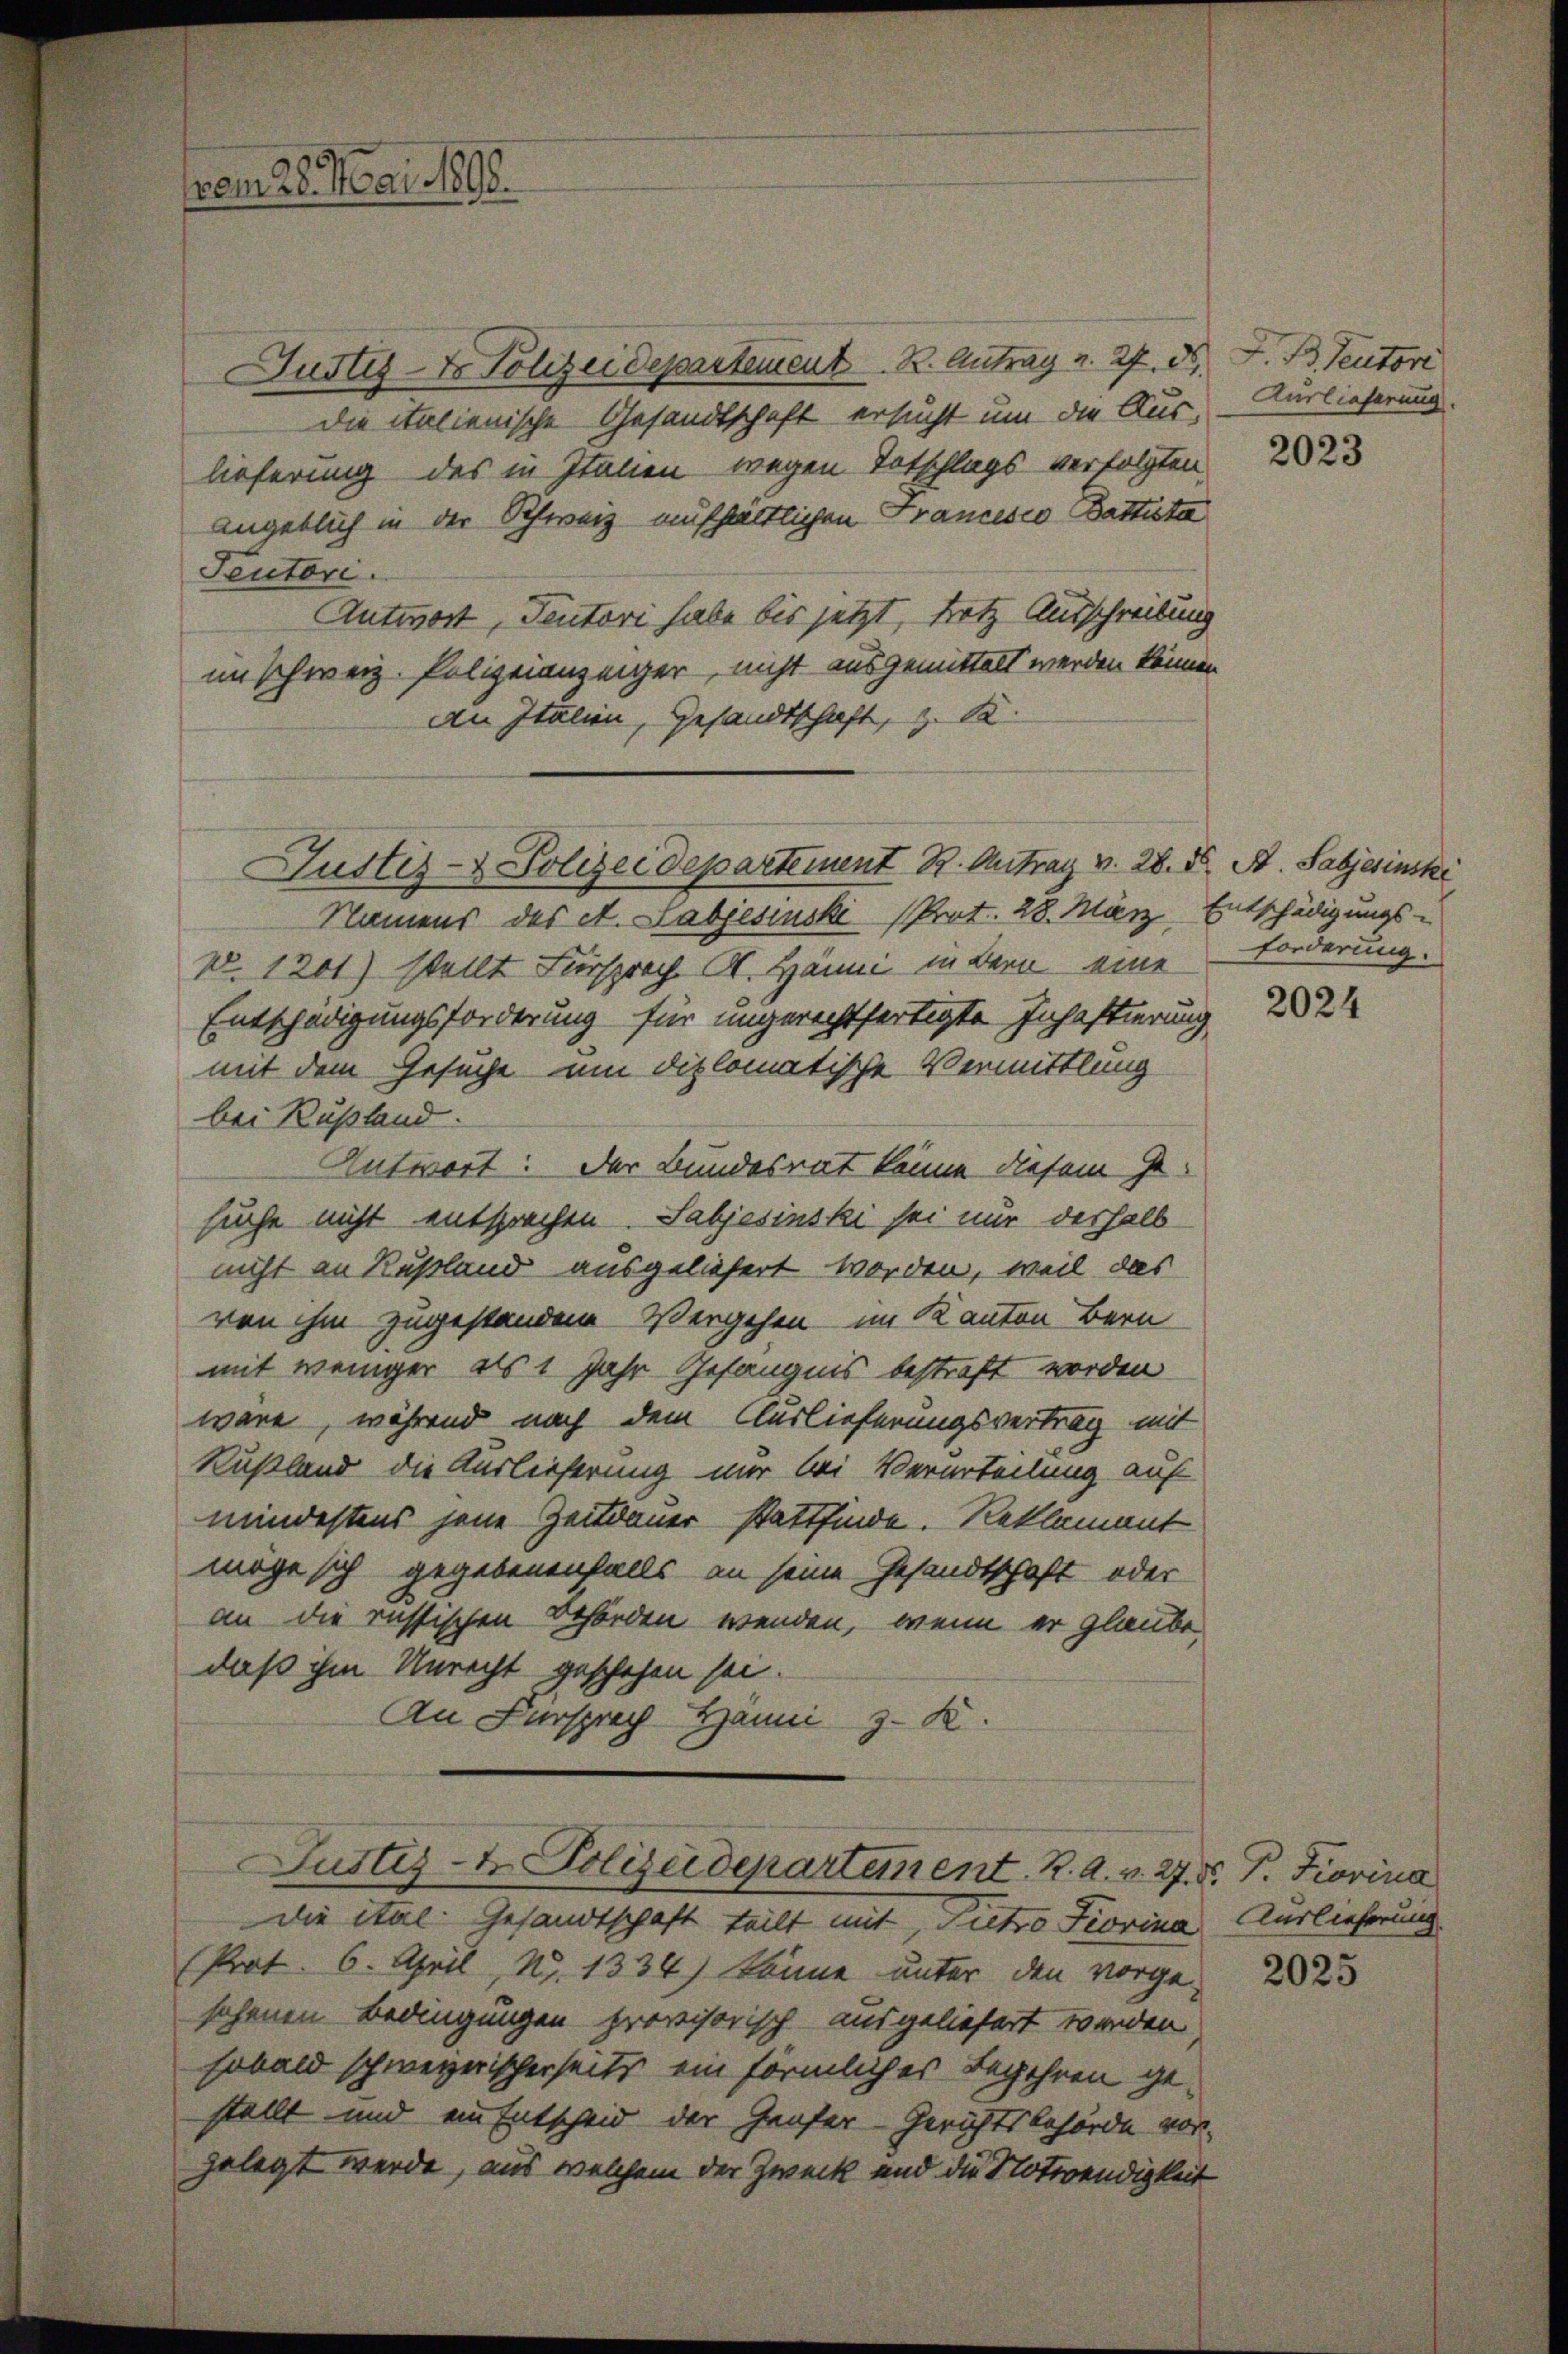
vom 28. Mai 1890.

Justiz- & Polizeidepartement. R. Antrag u. 27. 55. F. B. Teutore
die italienische Gesandtschaft ersucht um die Auslieferung des in Italien wegen Totschlags verfolgten
angeblich in der Schweiz aufhaltlichen Francesco Battesta
Teutori.
Antwort, Teutori habe bis jetzt, trotz Ausschreibung
imschweiz. Polizeianzeiger, nicht ausgemittelt werden können
An Italien, Gesandtschaft, z. B.
Justiz- & Polizeidepartement R. Antrag v. 28. X. A. Sabjesinski
Namens des A. Labjesinski (Prot. 28. März, Entschädigungs-
No. 1201) stellt Fürsprach A. Hänni in Bern eine
Entschädigungsforderung für ungerechtfertigte Inhaftierung
mit dem Gesuche um diplomatische Vermittlung
bei Rußland.
Antwort: Der Bundesrat könne diesem Ge-
suche nicht entsprechen. Sabjesinski sei nur deshalb
nicht an Rußland ausgeliefert worden, weil das
von ihm zugestandene Vergehen im Kanton Bern
mit weniger als 1 Jahr Gefängnis bestraft worden
wäre, während nach dem Auslieferungsvertrag mit
Rußland die Auslieferung nur bei Verurteilung auf
mindestens jene Zeitdauer stattfinde. Reklamant
möge sich gegebenenfalls an seine Gesandtschaft oder
an die russischen Behörden wenden, wenn er glaube
daß ihm Unrecht geschehen sei.
An Fürsprach Hanni z. K.
Justiz- & Polizeidepartement. R. A. v. 27. F. P. Fiovina
die ital Gesandtschaft teilt mit, Pietro Fiorina Auslieferung
(Prot. 6. April, N. 1334) könne unter den vorge-
sehenen Bedingungen provisorisch ausgeliefert werden,
sobald schweizerischerseits ein förmliches Begehren gestellt und ein Entscheid der Genfer Gerichtsbehörde vor-
gelegt werde, aus welchem der Zweck und die Notwendigkeit

Kurlieferung.

2023

forderung.

2024

2025